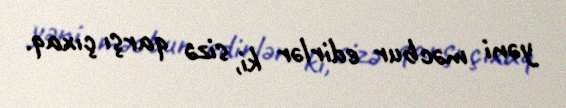
yəni məcbur edirlər ki, sizə qarşı çıxaq.